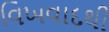
વિખવાદથી